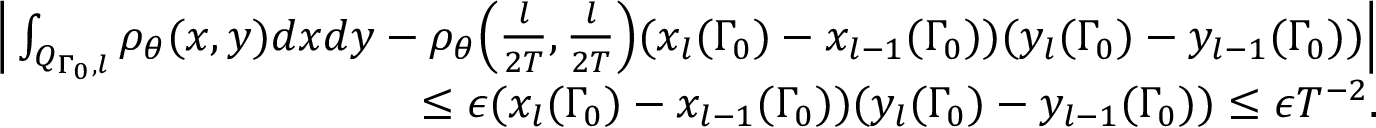
\begin{array} { r l r } & { } & { \Big | \int _ { Q _ { \Gamma _ { 0 } , l } } \rho _ { \theta } ( x , y ) d x d y - \rho _ { \theta } \Big ( \frac { l } { 2 T } , \frac { l } { 2 T } \Big ) ( x _ { l } ( \Gamma _ { 0 } ) - x _ { l - 1 } ( \Gamma _ { 0 } ) ) ( y _ { l } ( \Gamma _ { 0 } ) - y _ { l - 1 } ( \Gamma _ { 0 } ) ) \Big | } \\ & { } & { \leq \epsilon ( x _ { l } ( \Gamma _ { 0 } ) - x _ { l - 1 } ( \Gamma _ { 0 } ) ) ( y _ { l } ( \Gamma _ { 0 } ) - y _ { l - 1 } ( \Gamma _ { 0 } ) ) \leq \epsilon T ^ { - 2 } . } \end{array}